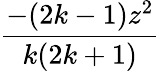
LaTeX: \frac{-(2k-1)z^{2}}{k(2k+1)}